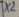
Text: X2